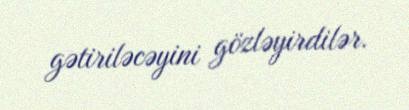
gətiriləcəyini gözləyirdilər.